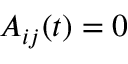
A _ { i j } ( t ) = 0